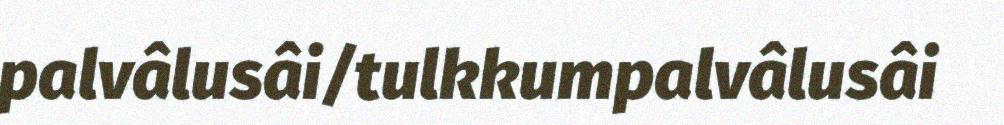
palvâlusâi/tulkkumpalvâlusâi